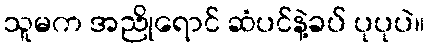
သူမက အညိုရောင် ဆံပင်နဲ့ခပ် ပုပုပဲ။